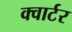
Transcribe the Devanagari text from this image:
क्‍वार्टर